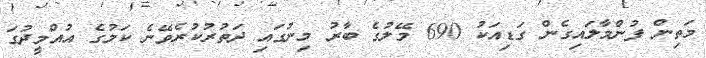
މަތިން ފުންމާލައިގެން ގަޑިއަކު 690 މޭލުގެ ބާރު މިނުގައި ދަތުރުކުރެވޭނެ ކަމުގެ އުއްމީދުގަ